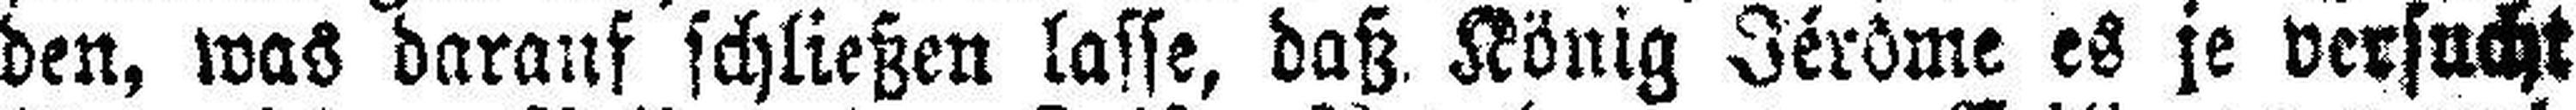
den, was darauf schließen lasse, daß König Jérôme es je versucht